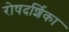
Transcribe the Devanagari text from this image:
रोषदर्शिका